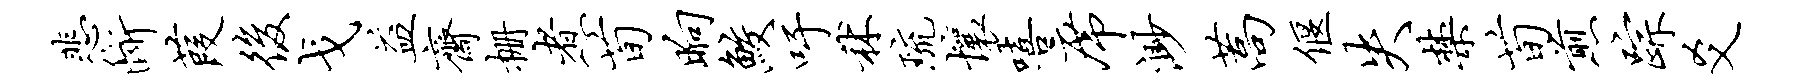
悲断葭后戈益斋栅煮荀晌鲛吁秫琉壤嘻席渺蒿偃失禁荀煎踪爻